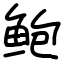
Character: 鲍